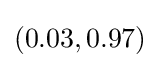
(0.03,0.97)